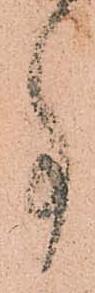
事